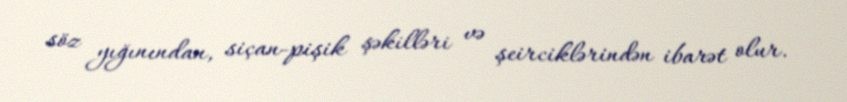
söz yığınından, siçan-pişik şəkilləri və şeirciklərindən ibarət olur.